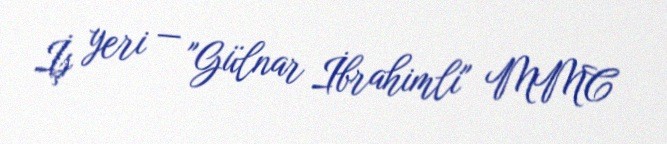
İş yeri — "Gülnar İbrahimli" MMC